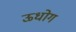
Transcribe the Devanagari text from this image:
ऊधोग